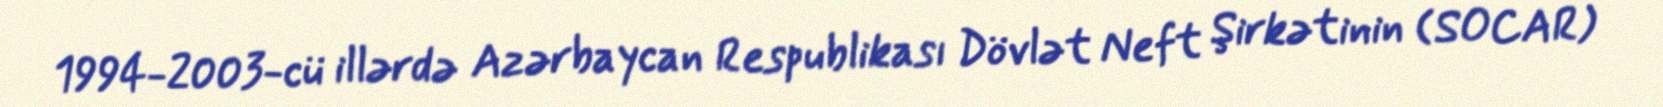
1994-2003-cü illərdə Azərbaycan Respublikası Dövlət Neft Şirkətinin (SOCAR)